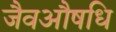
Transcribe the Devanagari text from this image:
जैवऔषधि